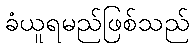
ခံယူရမည်ဖြစ်သည်